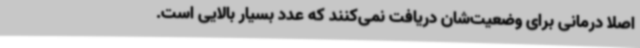
اصلا درمانی برای وضعیت‌شان دریافت نمی‌کنند که عدد بسیار بالایی است.